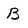
Character: B